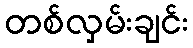
တစ်လှမ်းချင်း